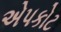
એપકોટ